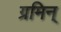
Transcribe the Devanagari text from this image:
ग्रमिन्